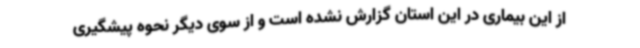
از این بیماری در این استان گزارش نشده است و از سوی دیگر نحوه پیشگیری